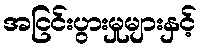
အငြင်းပွားမှုများနှင့်